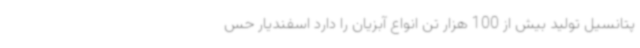
پتانسیل تولید بیش از 100 هزار تن انواع آبزیان را دارد اسفندیار حس